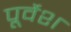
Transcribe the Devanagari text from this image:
पूर्वेश